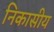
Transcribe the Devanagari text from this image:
निकासीय